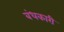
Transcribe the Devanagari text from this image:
बंधकारी